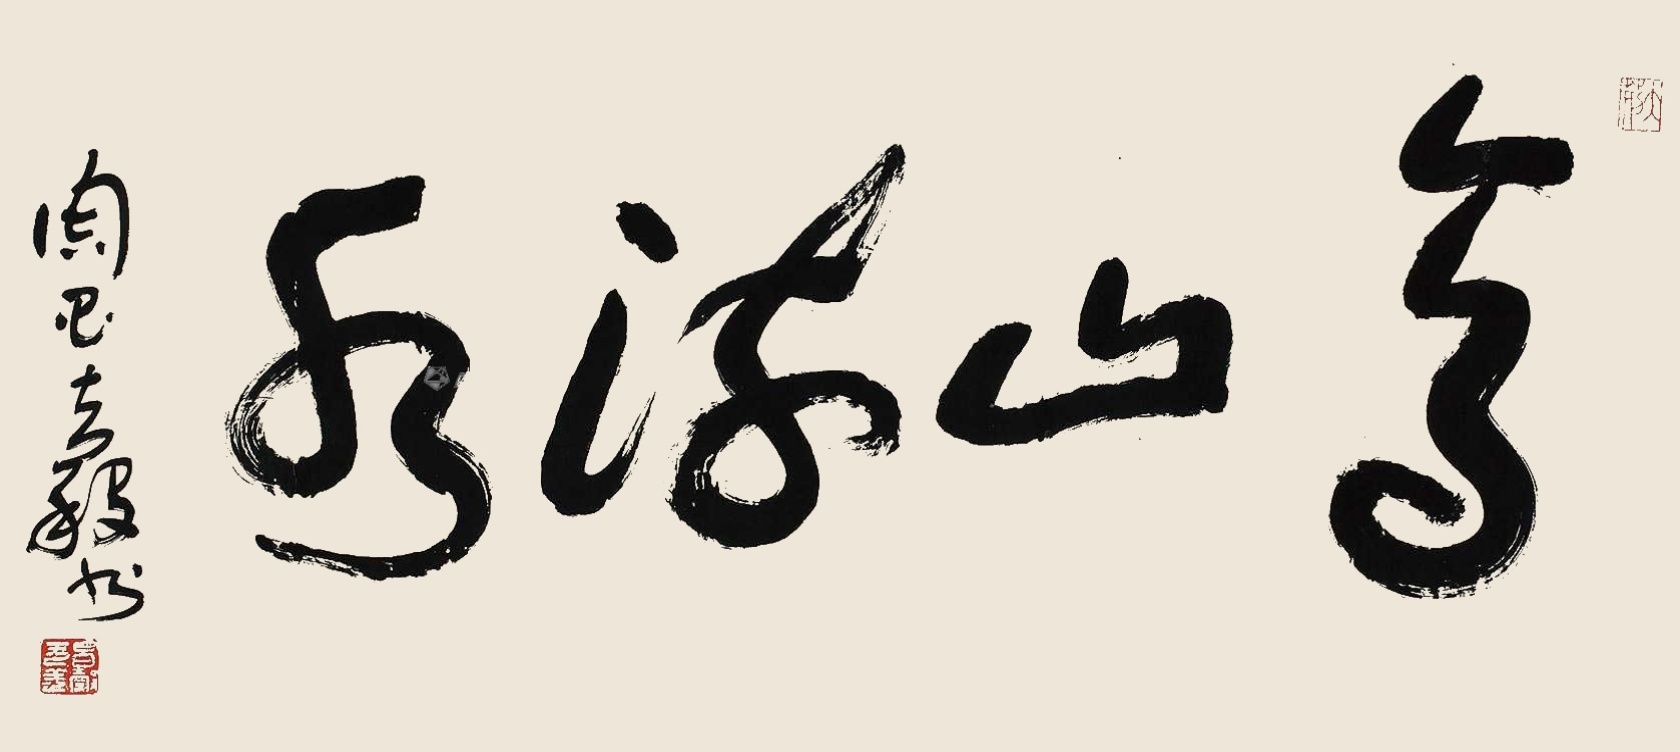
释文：高山流水周昌榖书。